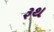
રૂથ